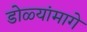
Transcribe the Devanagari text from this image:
डोळ्यांमागे